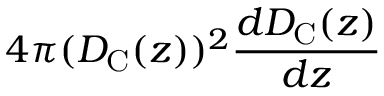
4 \pi ( D _ { \mathrm { { C } } } ( z ) ) ^ { 2 } \frac { d D _ { \mathrm { { C } } } ( z ) } { d z }